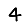
Digit: 4